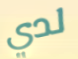
لدي